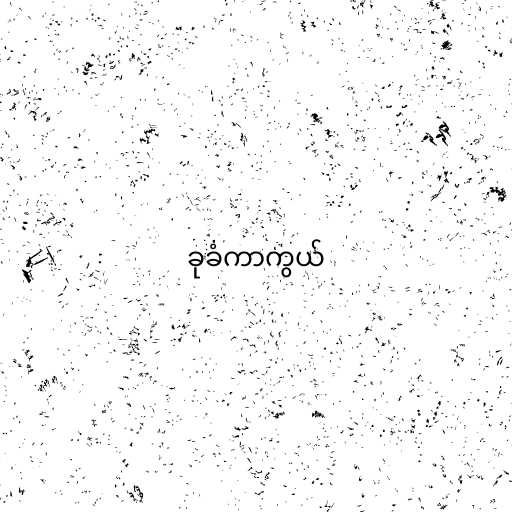
ခုခံကာကွယ်